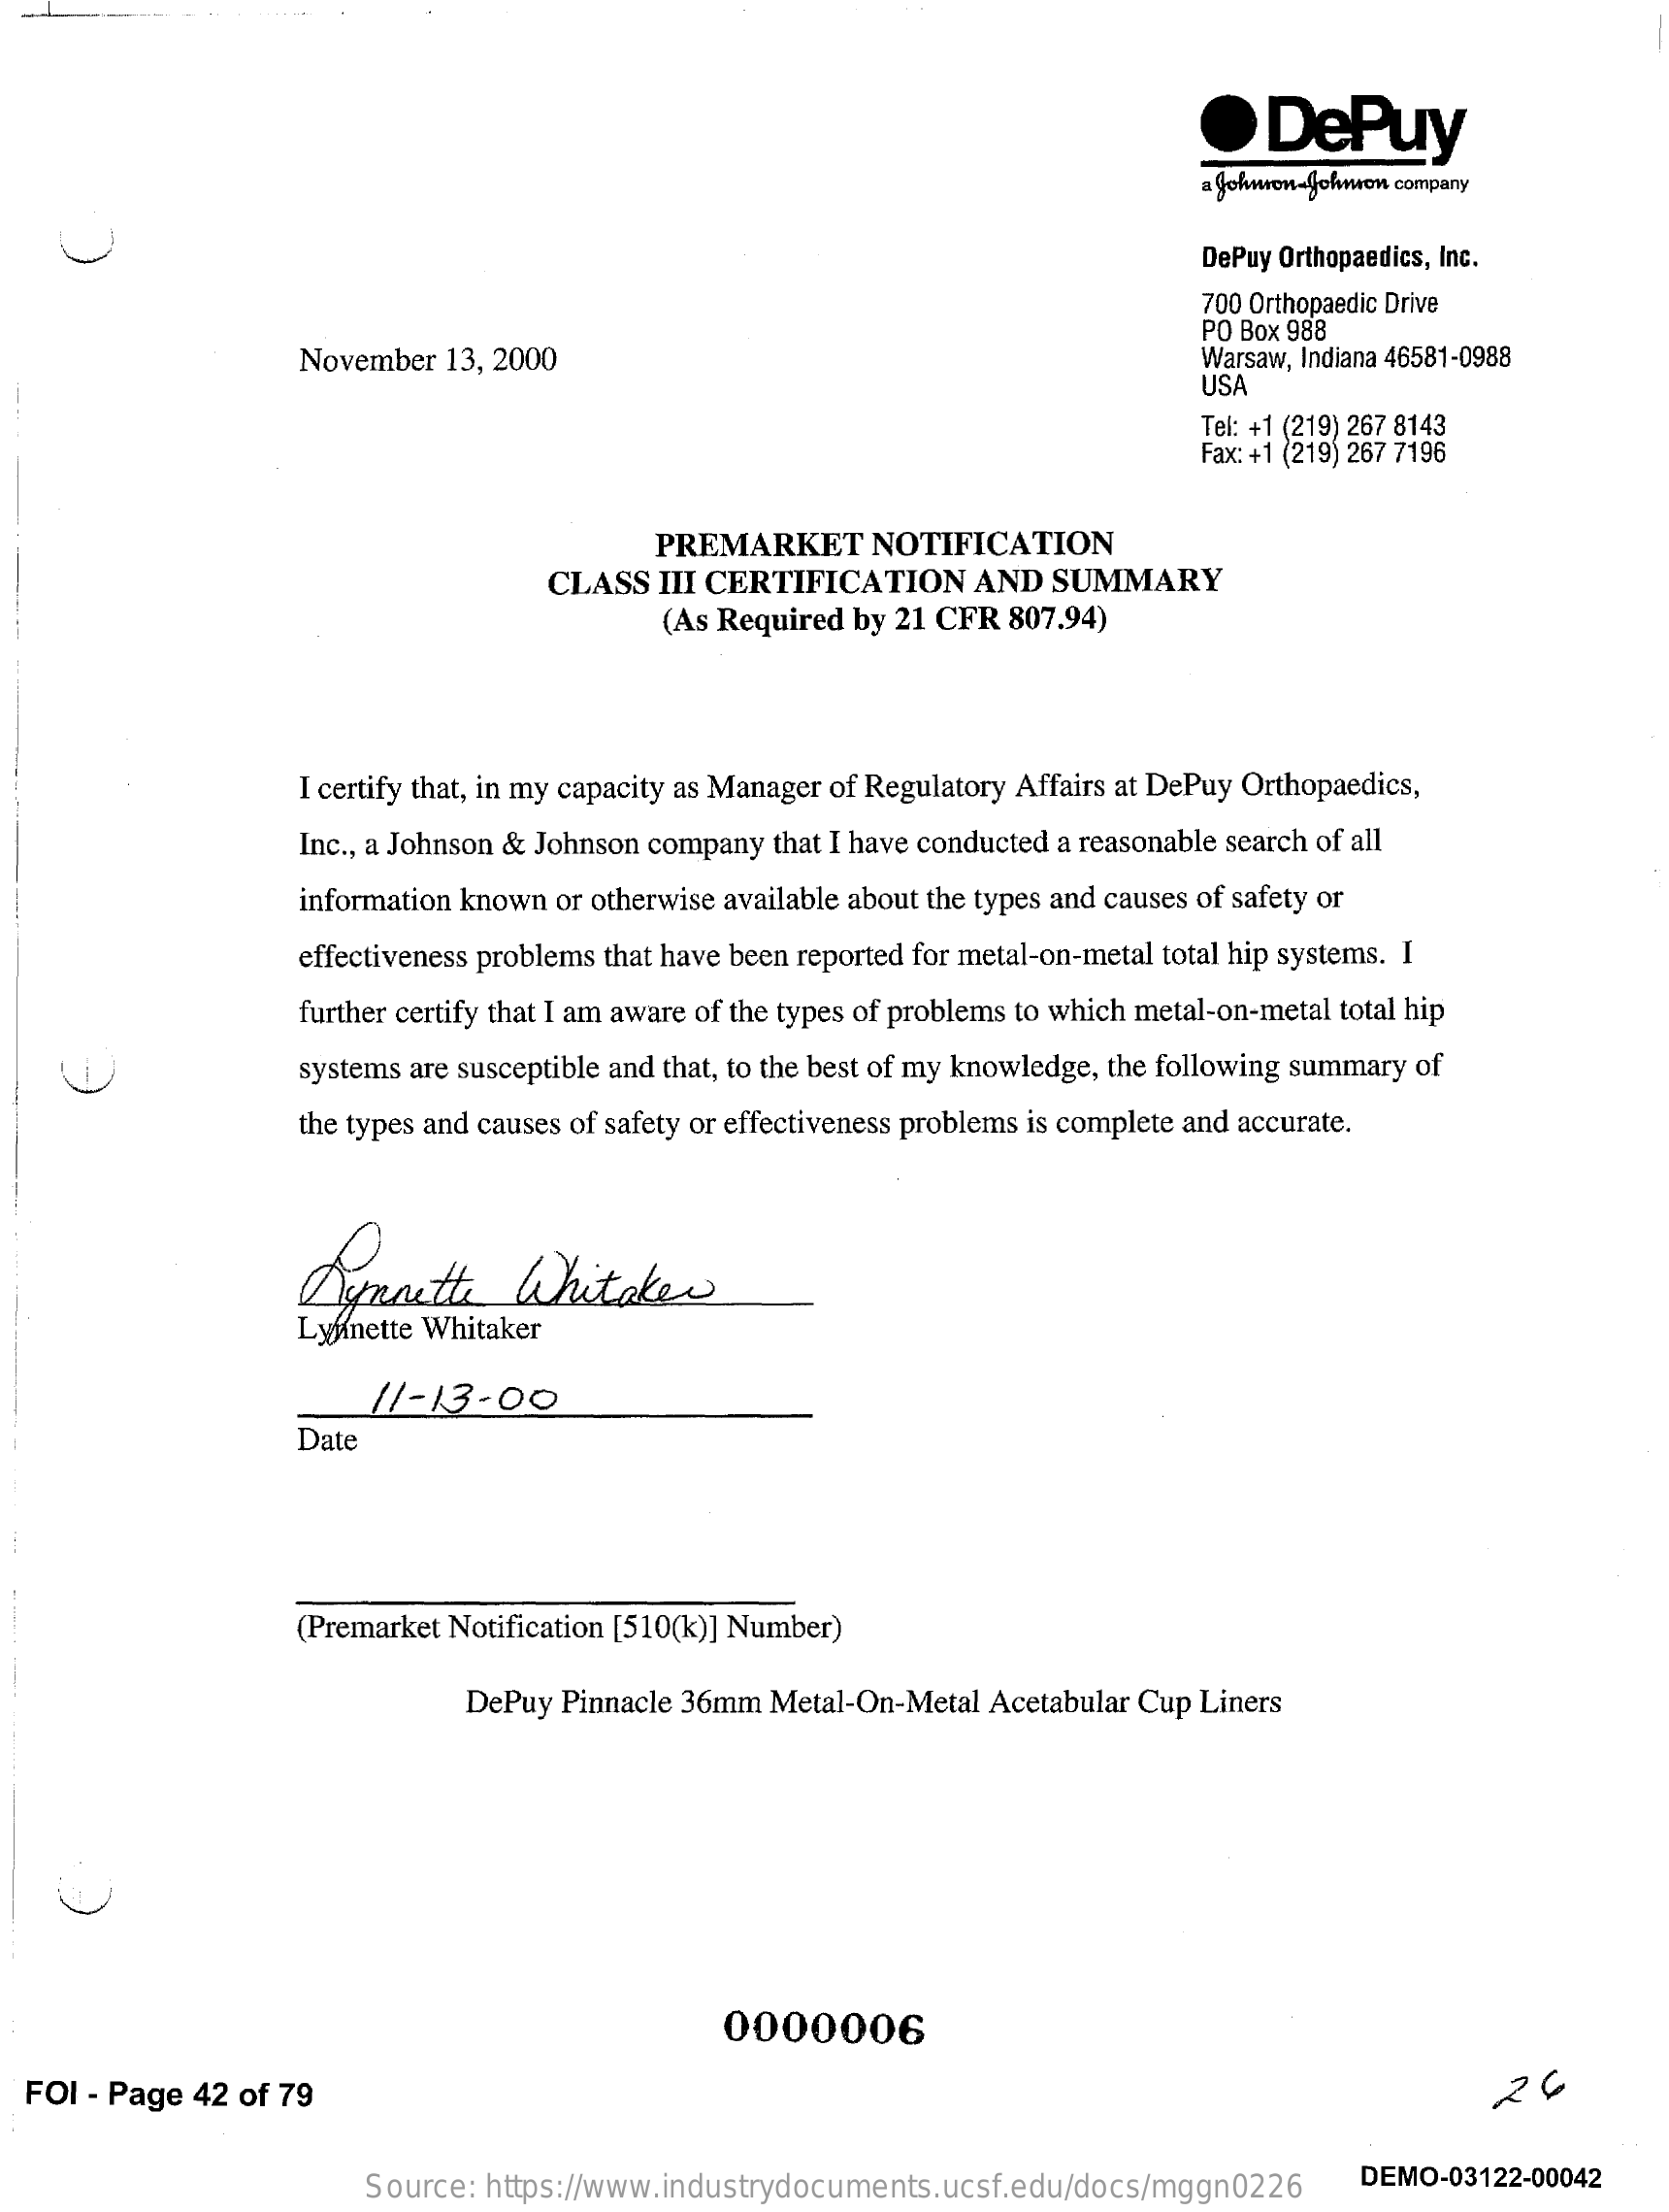
.  DePuy
     a Johnson-Johnron company
     DePuy Orthopaedics, Inc.
     700 Orthopaedic Drive
     November 13, 2000
     PO Box 988
     Warsaw, Indiana 46581-0988
     USA
     Tel: +1 (219) 267 8143
     Fax: +1 (219) 267 7196
     PREMARKET    NOTIFICATION
     CLASS III CERTIFICATION  AND  SUMMARY
     (As Required by 21 CFR 807.94)
     I certify that, in my capacity as Manager of Regulatory Affairs at DePuy Orthopaedics,
     Inc ., a Johnson & Johnson company that I have conducted a reasonable search of all
     information known or otherwise available about the types and causes of safety or
     effectiveness problems that have been reported for metal-on-metal total hip systems. I
     further certify that I am aware of the types of problems to which metal-on-metal total hip
     systems are susceptible and that, to the best of my knowledge, the following summary of
     the types and causes of safety or effectiveness problems is complete and accurate.
     Dynoette    Whitaker
     Lynette Whitaker
     11-13.00
     Date
     (Premarket Notification [510(k)] Number)
     DePuy Pinnacle 36mm Metal-On-Metal Acetabular Cup Liners
     0000006
  FOI - Page 42 of 79    26
     Source: https://www.industrydocuments.ucsf.edu/docs/mggn0226 DEMO-03122-00042